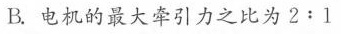
B.电机的最大牵引力之比为2﹔1